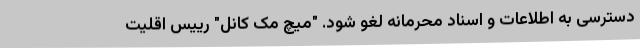
دسترسی به اطلاعات و اسناد محرمانه لغو شود. "میچ مک کانل" رییس اقلیت